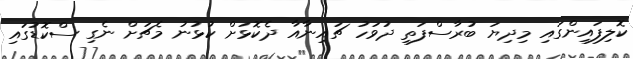
ކޮލިފައިންގައި މިދިޔަ ބުރާސްފަތި ދުވަހު ޗައިނާއާ ދެކޮޅަށް ކުޅުނު މެޗަށް ނެގި ސްކޮޑުގައި